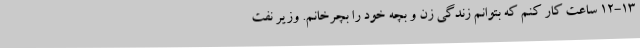
12-13 ساعت کار کنم که بتوانم زندگی زن و بچه خود را بچرخانم. وزیر نفت